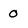
Character: 0